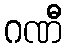
ဂဏီ